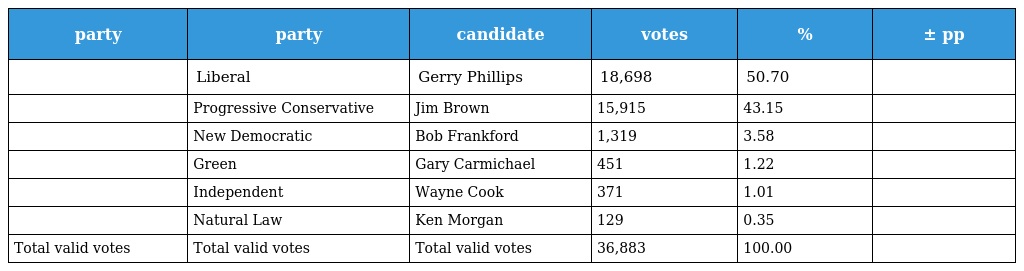
| party | party | candidate | votes | % | ± pp |
 | --- | --- | --- | --- | --- | --- |
 |  | Liberal | Gerry Phillips | 18,698 | 50.70 |  |
 |  | Progressive Conservative | Jim Brown | 15,915 | 43.15 |  |
 |  | New Democratic | Bob Frankford | 1,319 | 3.58 |  |
 |  | Green | Gary Carmichael | 451 | 1.22 |  |
 |  | Independent | Wayne Cook | 371 | 1.01 |  |
 |  | Natural Law | Ken Morgan | 129 | 0.35 |  |
 | Total valid votes | Total valid votes | Total valid votes | 36,883 | 100.00 |  |